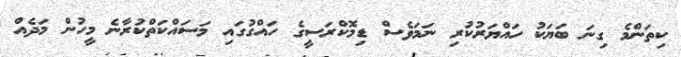
ކިތަންމެ ގިނަ ބަޔަކު ހައްޔަރުކުރި ނަމަވެސް ޑިމޮކްރަސީގެ ހައްގުގައި މަސައްކަތްކުރާނެ މީހުން މަދެއް